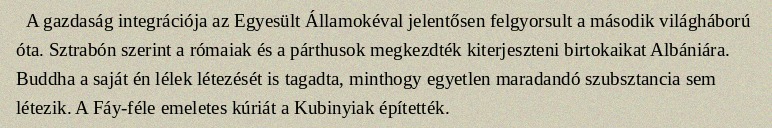
A gazdaság integrációja az Egyesült Államokéval jelentősen felgyorsult a második világháború óta. Sztrabón szerint a rómaiak és a párthusok megkezdték kiterjeszteni birtokaikat Albániára. Buddha a saját én lélek létezését is tagadta, minthogy egyetlen maradandó szubsztancia sem létezik. A Fáy-féle emeletes kúriát a Kubinyiak építették.